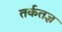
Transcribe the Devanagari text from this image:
तर्कतज्ञ